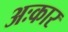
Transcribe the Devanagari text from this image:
अःकार